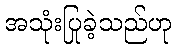
အသုံးပြုခဲ့သည်ဟု